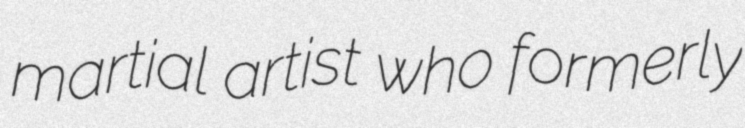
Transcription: martial artist who formerly